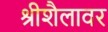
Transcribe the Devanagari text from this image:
श्रीशैलावर